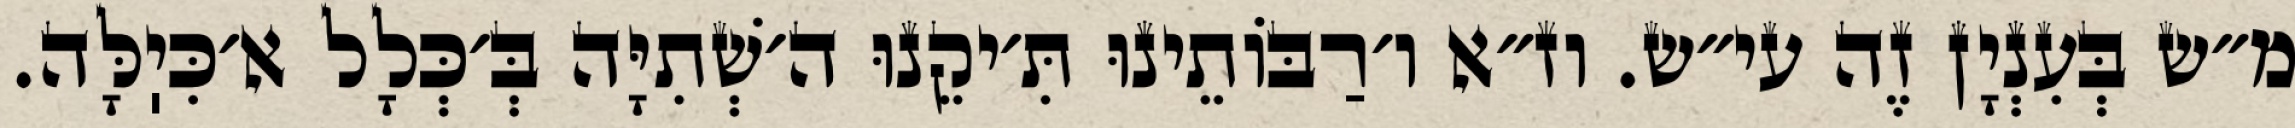
מ״ש בְּעִנְיָן זֶה עי״ש. וז״א ו׳רַבּוֹתֵינוּ תִּ׳יקֵנוּ ה׳שְׁתִיָּה בְּ׳כְּלָל א׳כִּיֽלָּה.